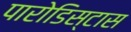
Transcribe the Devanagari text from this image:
पारोडिस्टास